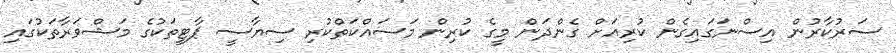
ސަރުކާރުން އިސްނަގައިގެން ކުރިއަށް ގެންދަން މީގެ ކުރިން މަސައްކަތްކުރި ސިޔާސީ ޕާޓީތަކުގެ މަޝްވަރާތަކުގައި